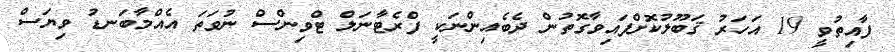
ފާއިތުވީ 19 އަހަރު ޤަބޫލުކޮށްްފައިވާގޮތުން ދެބެއިންނަކީ ފްރެޓާނަލް ޓްވިންސް ނުވަތަ އެއްމާބަނޑު ވިޔަސް